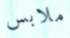
ملابس